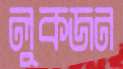
লুকজন